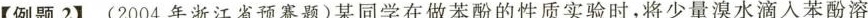
【例题2】(2004年浙江省预赛题)某同学在做苯酚的性质实验时，将少量溴水滴入苯酚溶